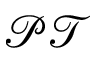
\mathcal { P T }